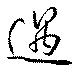
遇